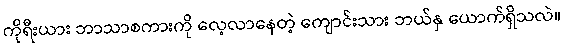
ကိုရီးယား ဘာသာစကားကို လေ့လာနေတဲ့ ကျောင်းသား ဘယ်နှ ယောက်ရှိသလဲ။